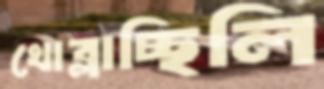
খোব্‌লাচ্ছিলি